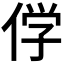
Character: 𬾣